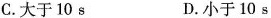
C. 大于10s D. 小于10s